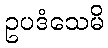
ဥပဒံသေမိ